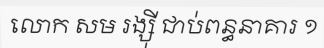
លោក សម រង្ស៊ី ជាប់ពន្ធនាគារ ១